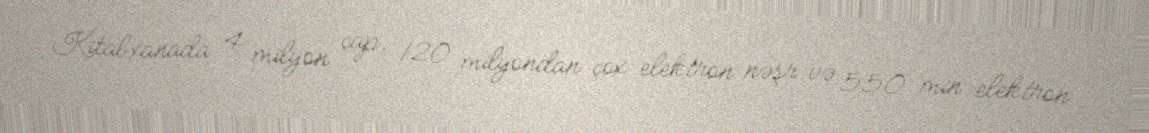
Kitabxanada 4 milyon çap, 120 milyondan çox elektron nəşr və 550 min elektron